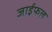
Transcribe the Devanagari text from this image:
जाईफल